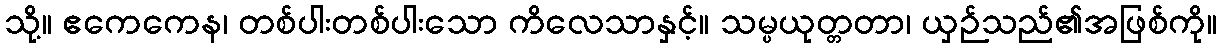
သို့။ ဧကေကေန၊ တစ်ပါးတစ်ပါးသော ကိလေသာနှင့်။ သမ္ပယုတ္တတာ၊ ယှဉ်သည်၏အဖြစ်ကို။